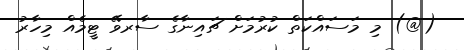
(@) މި މަސައްކަތް ކުރުމަށް ޗައިނާގެ ސާރވޭ ޓީމެއް މިހާރު